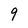
Character: q